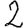
Digit: 2